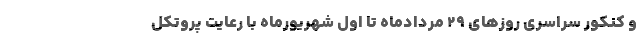
و کنکور سراسری روزهای ۲۹ مردادماه تا اول شهریورماه با رعایت پروتکل